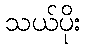
သယ်ပိုး